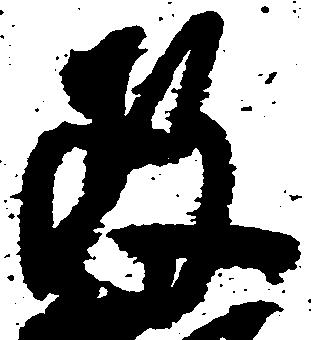
政